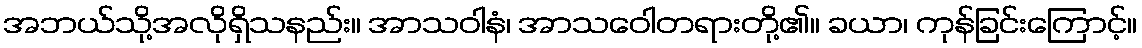
အဘယ်သို့အလိုရှိသနည်း။ အာသဝါနံ၊ အာသဝေါတရားတို့၏။ ခယာ၊ ကုန်ခြင်းကြောင့်။